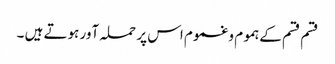
قسم قسم کےہموم وغموم اس پر حملہ آور ہوتے ہیں ۔